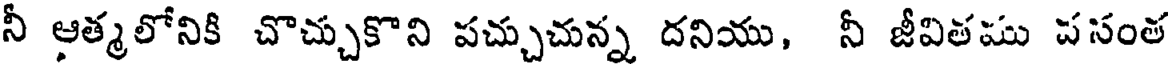
నీ ఆత్మలోనికి చొచ్చుకొని పచ్చుచున్న దనియు, నీ జీవితము పసంత